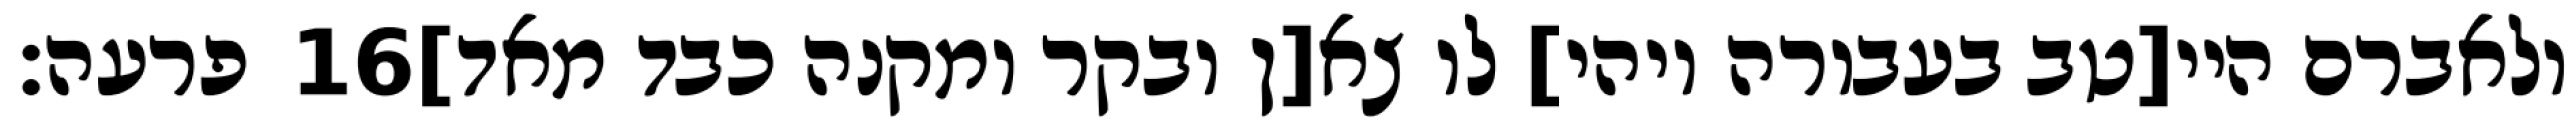
פרעה׃ ‎16‏ ולאברם היי[טב בעבורה ויהי] לו צא[ן ובקר ומקנה כבד מאד]